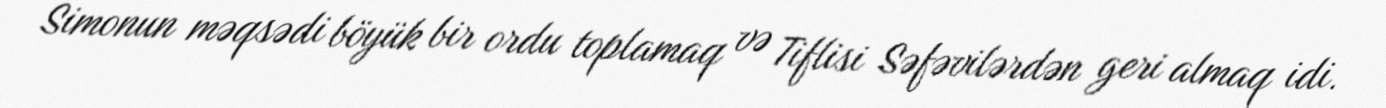
Simonun məqsədi böyük bir ordu toplamaq və Tiflisi Səfəvilərdən geri almaq idi.